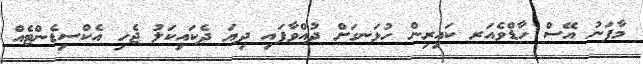
މާފަނު އޭސް ހާޑްވެއަރ ކައިރިން ހުޅަނގަށް ދުއްވާފައި ދިޔަ ދެކައިކަލު ޖެހި އެކްސިޑެންޓެއް